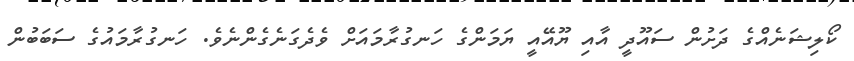
ކޯލިޝަނެއްގެ ދަށުން ސައޫދީ އާއި ޔޫއޭއީ ޔަމަންގެ ހަނގުރާމައަށް ވެދެގަނެގެންނެވެ. ހަނގުރާމައުގެ ސަބަބުން